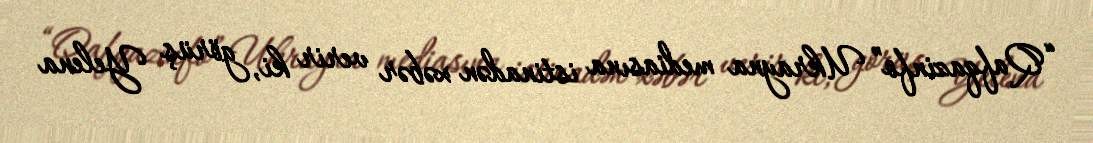
“Qafqazinfo” Ukrayna mediasına istinadən xəbər verir ki, görüş Yelena